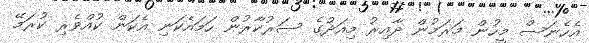
އެހެނަސް މީހުން މަރަމުން ދާއިރު މިއަދުގެ ސަރުކާރުން ހަމައެކަނި އެކަން ކުއްވެރި ކުރަމޭ